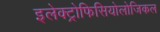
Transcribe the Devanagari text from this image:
इलेक्ट्रोफिसियोलोजिकल